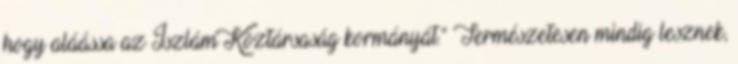
hogy aláássa az Iszlám Köztársaság kormányát.” Természetesen mindig lesznek,